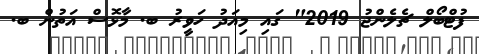
ފުޓްބޯލް ޗެލެންޖު 2019" ގައި މިއަދު ހަވީރު ބ. މާޅޮސް އަތުން ބ.